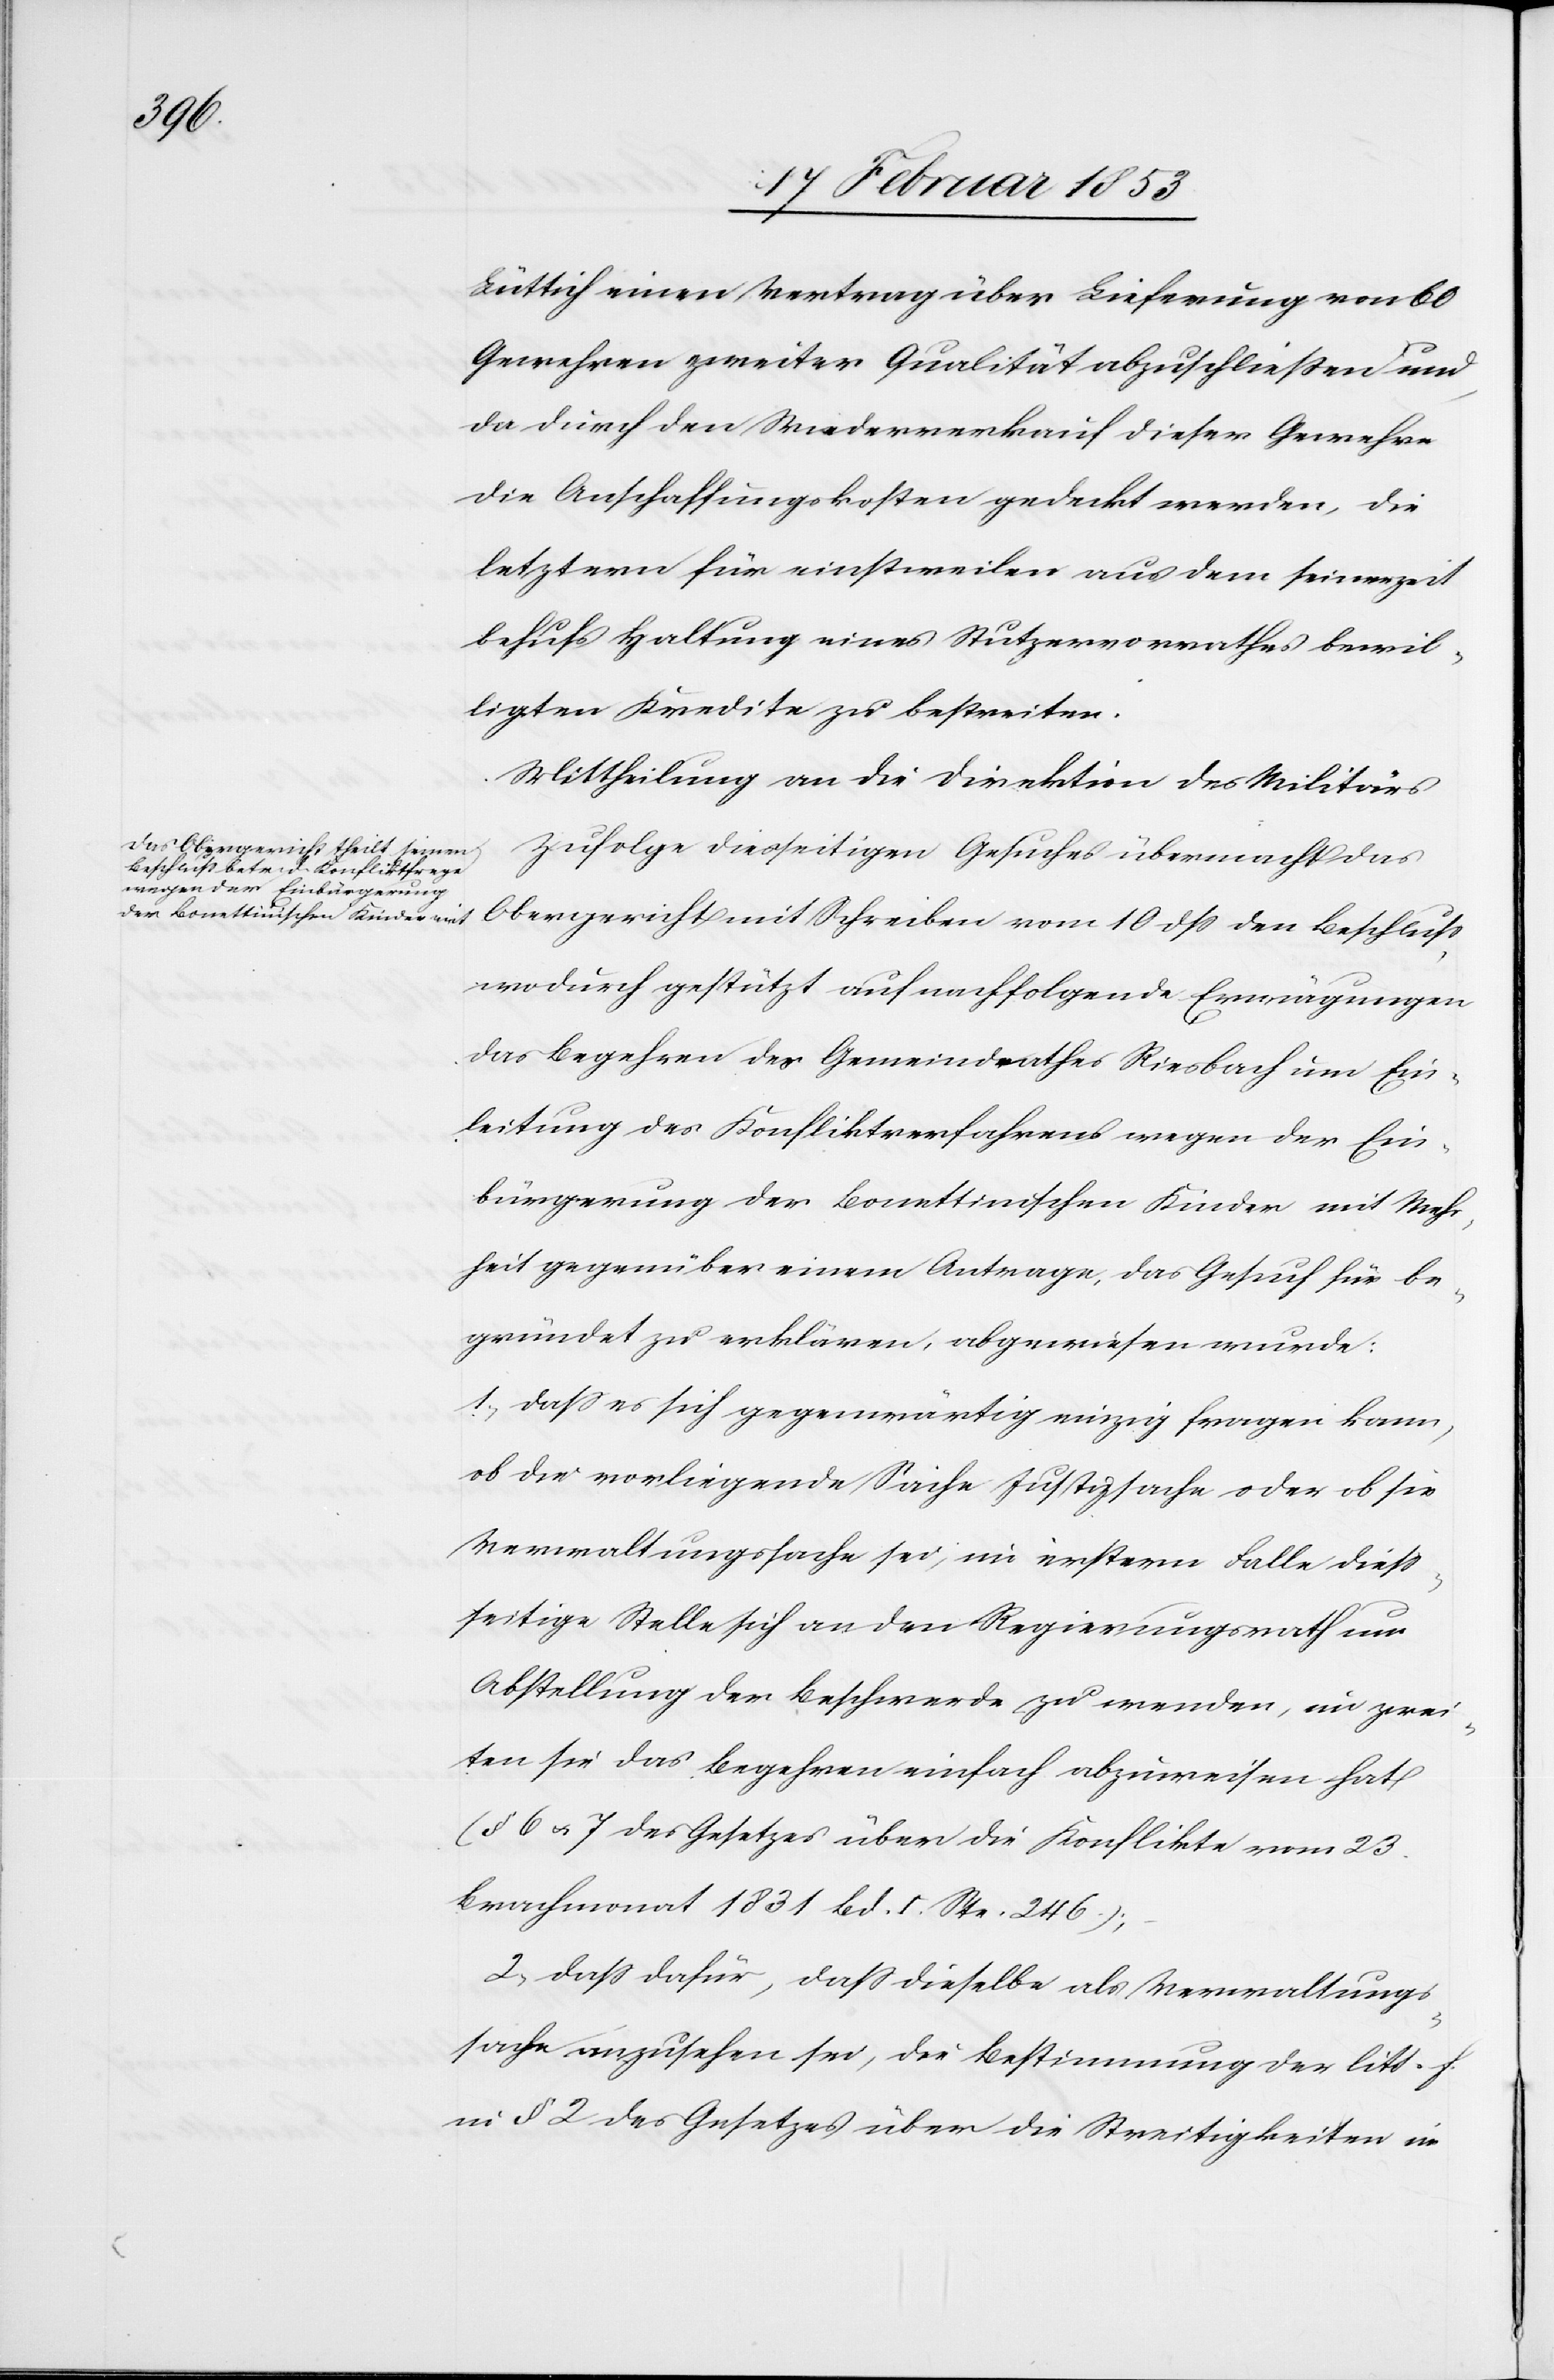
Lüttich einen Vertrag über Lieferung von 60
Gewehren zweiter Qualität abzuschließen und,
da durch den Wiederverkauf dieser Gewehre
die Anschaffungskosten gedeckt werden, die
letztern für einstweilen aus dem seinerzeit
behufs Haltung eines Stutzervorrathes bewil¬
ligten Kredite zu bestreiten.
Mittheilung an die Direktion des Militärs.
Zufolge diesseitigen Gesuches übermacht das
Obergericht mit Schreiben vom 10 dß den Beschluß
wodurch gestützt auf nachfolgende Erwägungen
das Begehren des Gemeindrathes Riesbach um Ein¬
leitung des Konfliktverfahrens wegen der Ein¬
bürgerung der Bonettinischen Kinder mit Mehr¬
heit gegenüber einem Antrage, das Gesuch für be¬
gründet zu erklären, abgewiesen wurde:
1) daß es sich gegenwärtig einzig fragen kann,
ob die vorliegende Sache Justizsache oder ob sie
Verwaltungssache sei, in ersterm Falle dieß¬
seitige Stelle sich an den Regierungsrath um
Abstellung der Beschwerde zu wenden, im zwei¬
ten sie das Begehren einfach abzuweisen hat
(§ 6 u. 7 des Gesetzes über die Konflikte vom 23
Brachmonat 1831 Bd. I. Ste. 246);
2) daß dafür, daß dieselbe als Verwaltungs¬
sache anzusehen sei, die Bestimmung der litt. f.
in § 2 des Gesetzes über die Streitigkeiten im